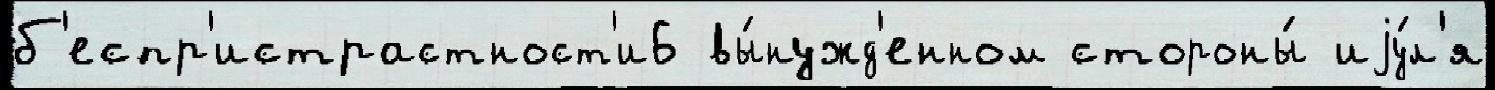
б'еспр'истрастност'и6 вы́нужд'енном стороны́ иjу́л'я